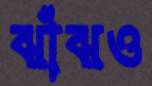
ঝাঁঝও